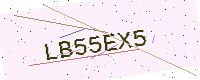
Text: LB55EX5